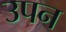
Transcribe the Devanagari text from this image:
उपन